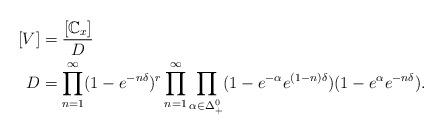
LaTeX: \begin{align*}[V] &= \frac{[\mathbb C_x]}{D} \\D &= \prod_{n=1}^\infty (1- e^{-n\delta})^{r} \prod_{n=1}^\infty \prod_{\alpha \in \Delta_+^0} (1-e^{-\alpha} e^{(1-n)\delta}) (1- e^{\alpha} e^{-n\delta}). \end{align*}